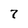
Character: 7